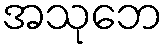
အသုဘေ